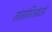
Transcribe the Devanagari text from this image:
तांताशिआंदसे